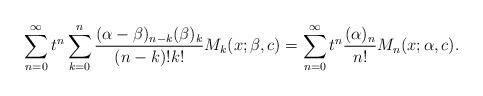
LaTeX: \begin{align*}\sum_{n=0}^\infty t^n\sum_{k=0}^n \frac{(\alpha-\beta)_{n-k}(\beta)_k}{(n-k)!k!}M_k(x;\beta,c)=\sum_{n=0}^\infty t^n \frac{(\alpha)_n}{n!}M_n(x;\alpha,c).\end{align*}